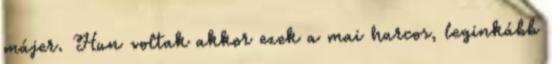
májer. Hun voltak akkor ezek a mai harcos, leginkább